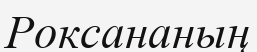
Роксананың